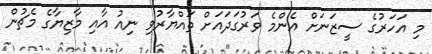
މި އަހަރުގެ ސީޒަނަށް އެންމެ ވަރުގަދައަށް ތައްޔާރުވި ނިއު އާއި މާޒިޔާގެ މެޗުން